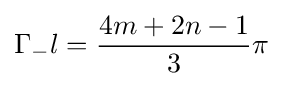
\Gamma _{-}l={\frac {4m+2n-1}{3}}\pi